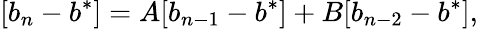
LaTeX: [b_{n}-b^{*}]=A[b_{n-1}-b^{*}]+B[b_{n-2}-b^{*}],